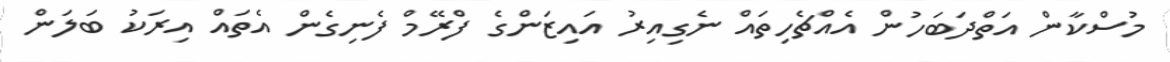
މުސްކާން އަތްދަބަހުން އެއްޗެހިތައް ނެގިއިރު އައިޒަންގެ ފްރޭމް ފެނިގެން އެތައް އިރަކު ބަލަން